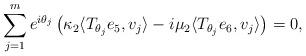
LaTeX: \begin{align*}\sum\limits_{j=1}^me^{i\theta_j}\left(\kappa_2\langle T_{\theta_j}e_5,v_j\rangle-i\mu_2\langle T_{\theta_j}e_6,v_j\rangle\right)=0,\end{align*}